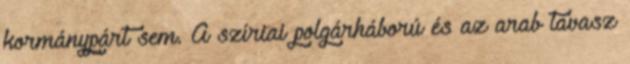
kormánypárt sem. A szíriai polgárháború és az arab tavasz